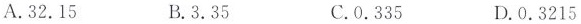
A. 32.15 B. 3.35 C. 0.335 D. 0.3215